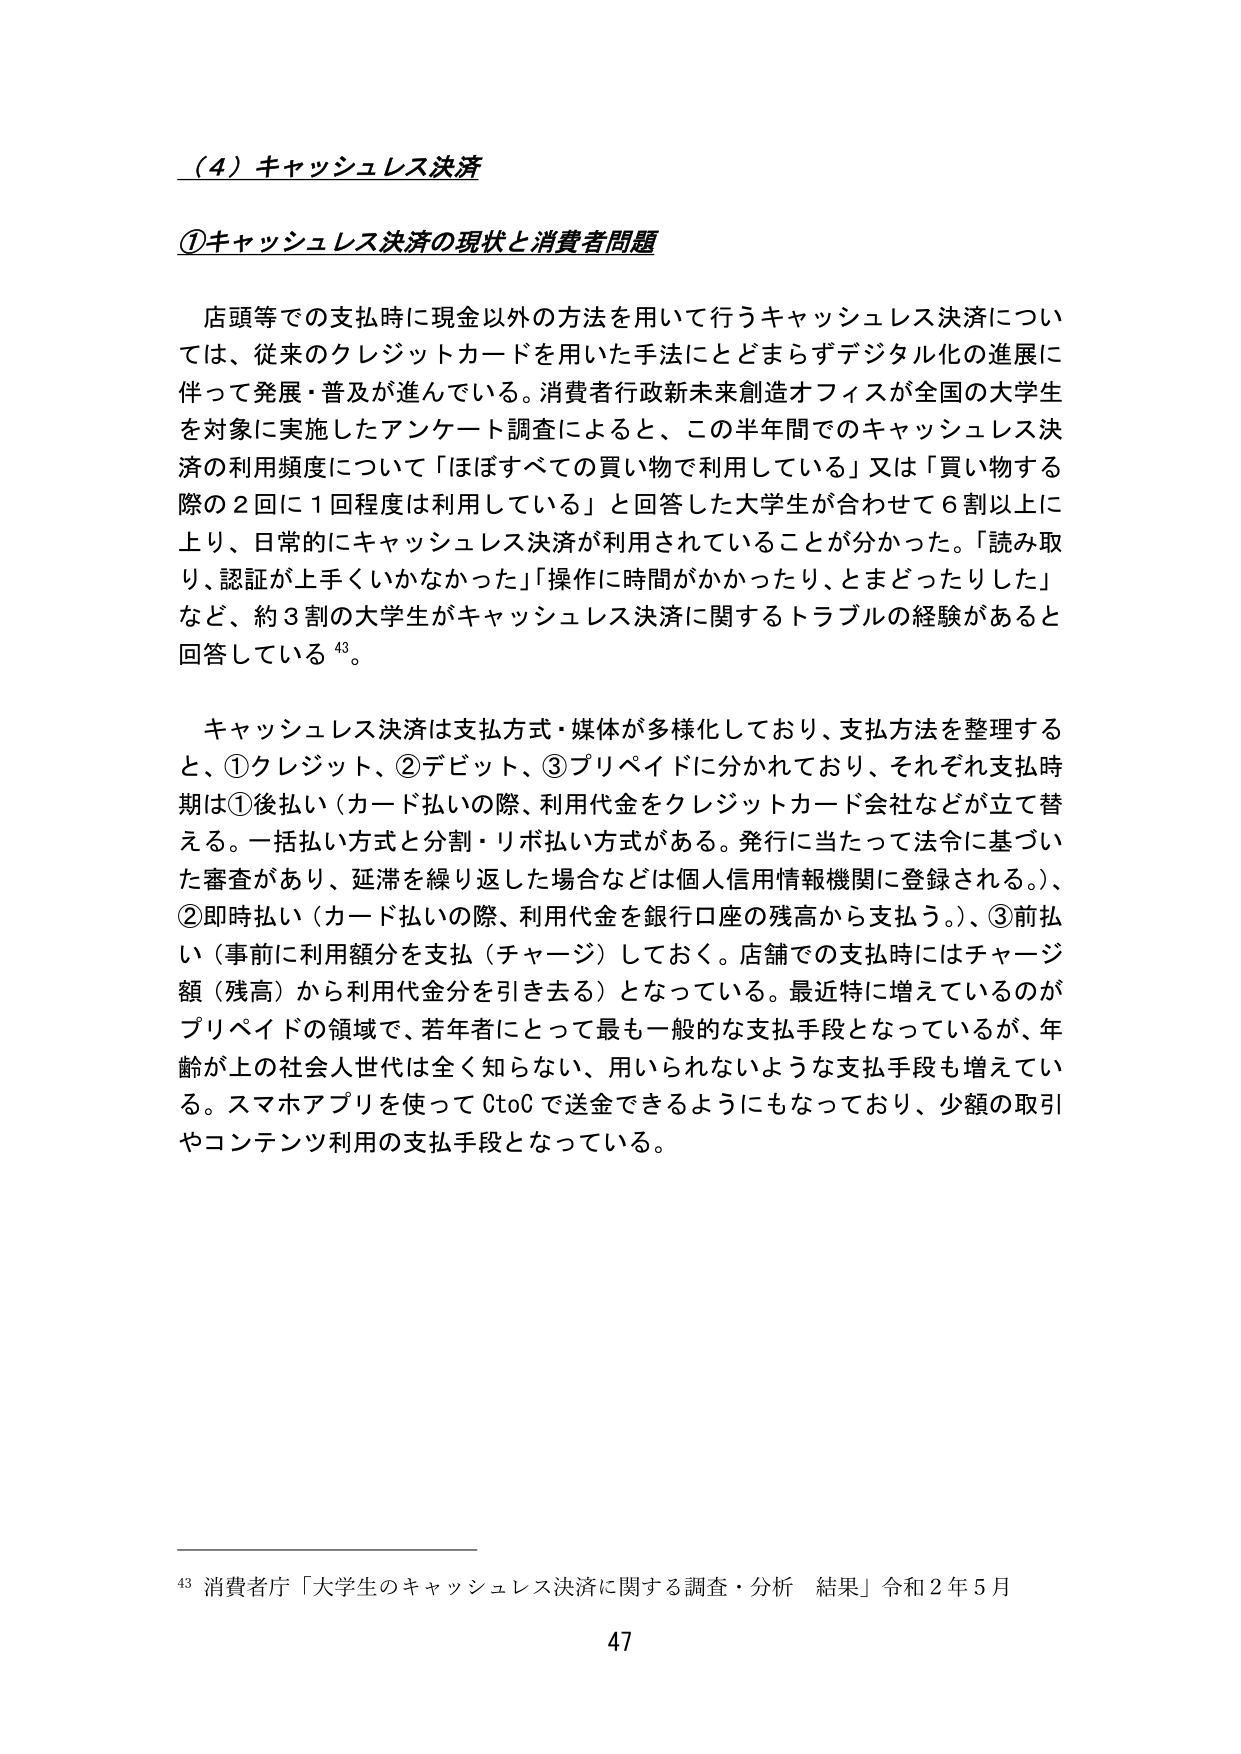
（4）キャッシュレス決済

①キャッシュレス決済の現状と消費者問題

店頭等での支払時に現金以外の方法を用いて行うキャッシュレス決済については、従来のクレジットカードを用いた手法にとどまらずデジタル化の進展に伴って発展・普及が進んでいる。消費者行政新未来創造オフィスが全国の大学生を対象に実施したアンケート調査によると、この半年間でのキャッシュレス決済の利用頻度について「ほぼすべての買い物で利用している」又は「買い物する際の2回に1回程度は利用している」と回答した大学生が合わせて6割以上に上り、日常的にキャッシュレス決済が利用されていることが分かった。「読み取り、認証が上手くいかなかった」「操作に時間がかかったり、とまどったりした」など、約3割の大学生がキャッシュレス決済に関するトラブルの経験があると回答している⁴³。

キャッシュレス決済は支払方式・媒体が多様化しており、支払方法を整理すると、①クレジット、②デビット、③プリペイドに分かれており、それぞれ支払時期は①後払い（カード払いの際、利用代金をクレジットカード会社などが立て替える。一括払い方式と分割・リボ払い方式がある。発行に当たって法令に基づいた審査があり、延滞を繰り返した場合などは個人信用情報機関に登録される。）、②即時払い（カード払いの際、利用代金を銀行口座の残高から支払う。）、③前払い（事前に利用額分を支払（チャージ）しておく。店舗での支払時にはチャージ額（残高）から利用代金分を引き去る）となっている。最近特に増えているのがプリペイドの領域で、若年者にとって最も一般的な支払手段となっているが、年齢が上の社会人世代は全く知らない、用いられないような支払手段も増えている。スマホアプリを使ってCtoCで送金できるようにもなっており、少額の取引やコンテンツ利用の支払手段となっている。

⁴³ 消費者庁「大学生のキャッシュレス決済に関する調査・分析 結果」令和2年5月

47